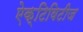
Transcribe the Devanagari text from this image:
ऐक्टिविटीज